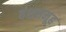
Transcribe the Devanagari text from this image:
वंशसमूह